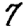
Digit: 7